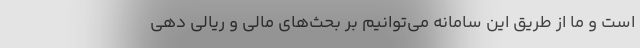
است و ما از طریق این سامانه می‌توانیم بر بحث‌های مالی و ریالی دهی